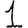
Digit: 1